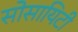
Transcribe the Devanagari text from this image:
सोसायिटी